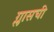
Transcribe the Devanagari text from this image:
ग्लासची